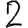
Digit: 2